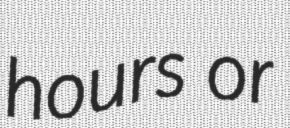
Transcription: hours or